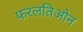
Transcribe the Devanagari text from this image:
फरलतिओन